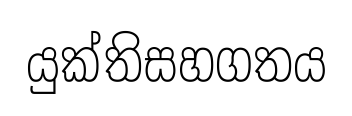
යුක්තිසහගතය